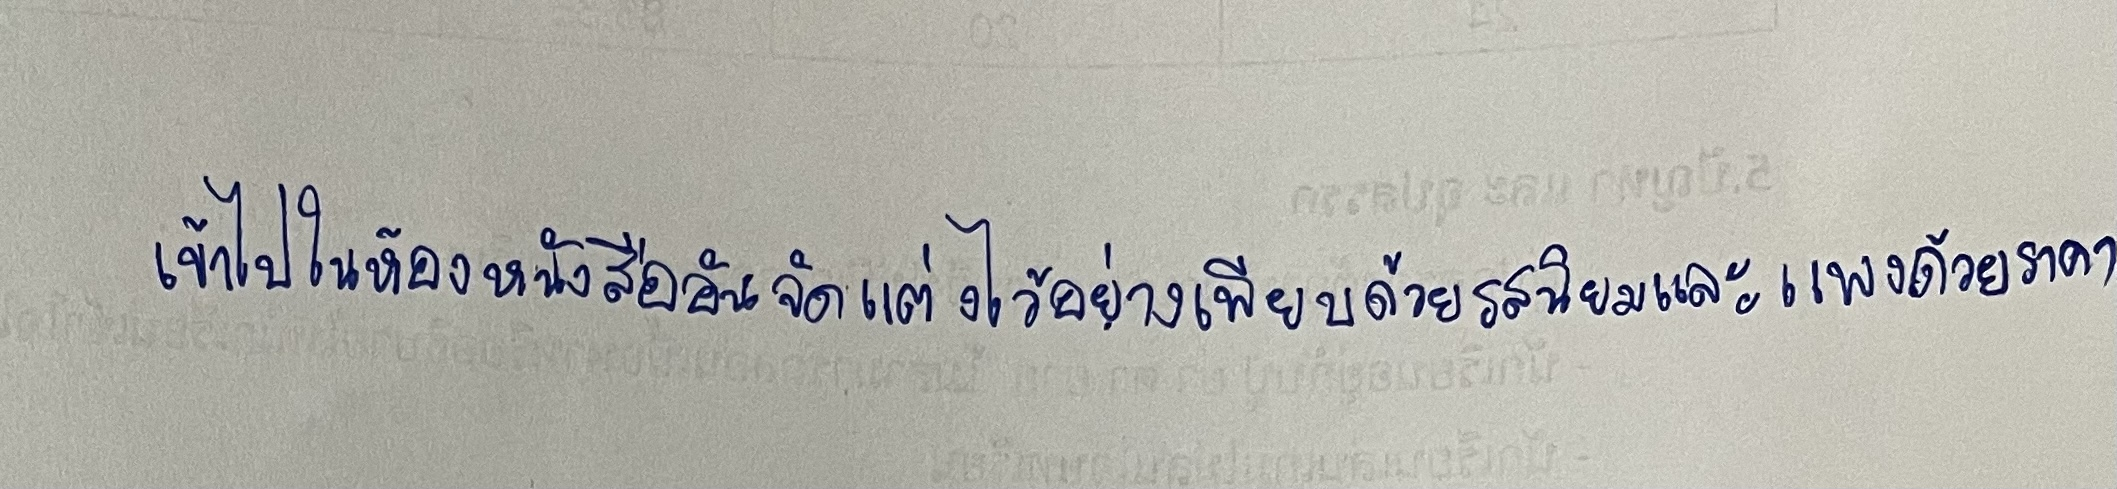
เข้าไปในห้องหนังสืออันจัดแต่งไว้อย่างเพียบด้วยรสนิยมและแพงด้วยราคา